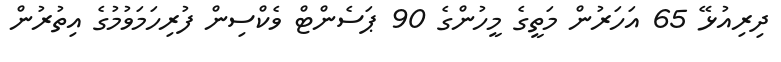
ދިރިއުޅޭ 65 އަހަރުން މަތީގެ މީހުންގެ 90 ޕަސެންޓް ވެކްސިން ފުރިހަމަވުމުގެ އިތުރުން